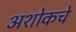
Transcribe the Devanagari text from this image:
अशोकचे